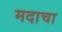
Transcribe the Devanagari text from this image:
मदाचा